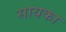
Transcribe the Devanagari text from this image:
सायका